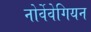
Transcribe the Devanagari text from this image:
नोर्वेवेगियन